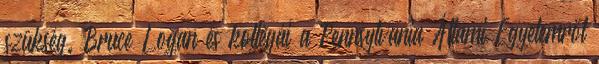
szükség. Bruce Logan és kollégái a Pennsylvania Állami Egyetemről